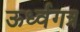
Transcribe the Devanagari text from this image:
ऊर्ध्वगत्र